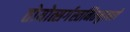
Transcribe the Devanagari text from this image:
तोयोत्सर्गस्तनितमुखरो